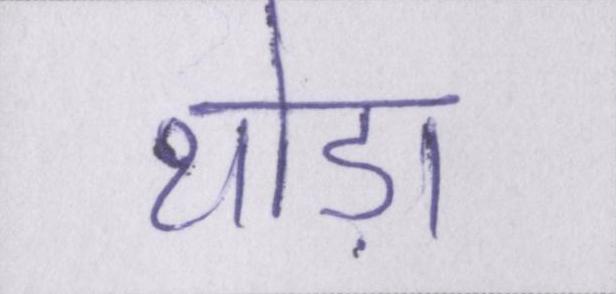
थोड़ा